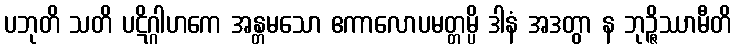
ပဘုတိ သတိ ပဋိဂ္ဂါဟကေ အန္တမသော ဧကာလောပမတ္တမ္ပိ ဒါနံ အဒတွာ န ဘုဉ္ဇိဿာမီတိ